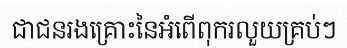
ជាជនរងគ្រោះនៃអំពើពុករលួយគ្រប់ៗ